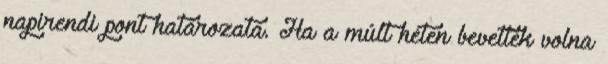
napirendi pont határozata. Ha a múlt héten bevették volna